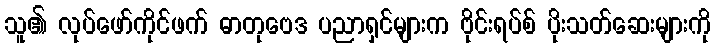
သူ၏ လုပ်ဖော်ကိုင်ဖက် ဓာတုဗေဒ ပညာရှင်များက ဗိုင်းရပ်စ် ပိုးသတ်ဆေးများကို